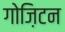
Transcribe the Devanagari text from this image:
गोज़िटन